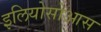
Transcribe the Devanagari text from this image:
इलियोसोआस